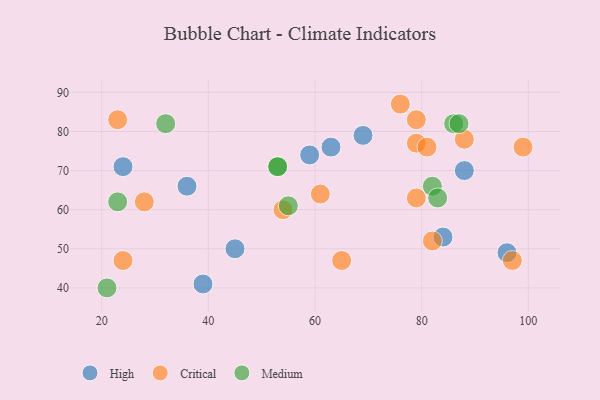
{"axis": {"x": "GDP", "y": "Life Expectancy"}, "legend": ["Critical", "High", "Medium"], "data": [{"x": "39", "y": 41, "type": "High"}, {"x": "69", "y": 79, "type": "High"}, {"x": "36", "y": 66, "type": "High"}, {"x": "96", "y": 49, "type": "High"}, {"x": "59", "y": 74, "type": "High"}, {"x": "24", "y": 71, "type": "High"}, {"x": "88", "y": 70, "type": "High"}, {"x": "84", "y": 53, "type": "High"}, {"x": "45", "y": 50, "type": "High"}, {"x": "63", "y": 76, "type": "High"}, {"x": "97", "y": 47, "type": "Critical"}, {"x": "99", "y": 76, "type": "Critical"}, {"x": "79", "y": 77, "type": "Critical"}, {"x": "79", "y": 83, "type": "Critical"}, {"x": "61", "y": 64, "type": "Critical"}, {"x": "23", "y": 83, "type": "Critical"}, {"x": "24", "y": 47, "type": "Critical"}, {"x": "54", "y": 60, "type": "Critical"}, {"x": "88", "y": 78, "type": "Critical"}, {"x": "28", "y": 62, "type": "Critical"}, {"x": "79", "y": 63, "type": "Critical"}, {"x": "76", "y": 87, "type": "Critical"}, {"x": "82", "y": 52, "type": "Critical"}, {"x": "81", "y": 76, "type": "Critical"}, {"x": "65", "y": 47, "type": "Critical"}, {"x": "82", "y": 66, "type": "Medium"}, {"x": "21", "y": 40, "type": "Medium"}, {"x": "86", "y": 82, "type": "Medium"}, {"x": "23", "y": 62, "type": "Medium"}, {"x": "32", "y": 82, "type": "Medium"}, {"x": "55", "y": 61, "type": "Medium"}, {"x": "83", "y": 63, "type": "Medium"}, {"x": "53", "y": 71, "type": "Medium"}, {"x": "53", "y": 71, "type": "Medium"}, {"x": "87", "y": 82, "type": "Medium"}]}